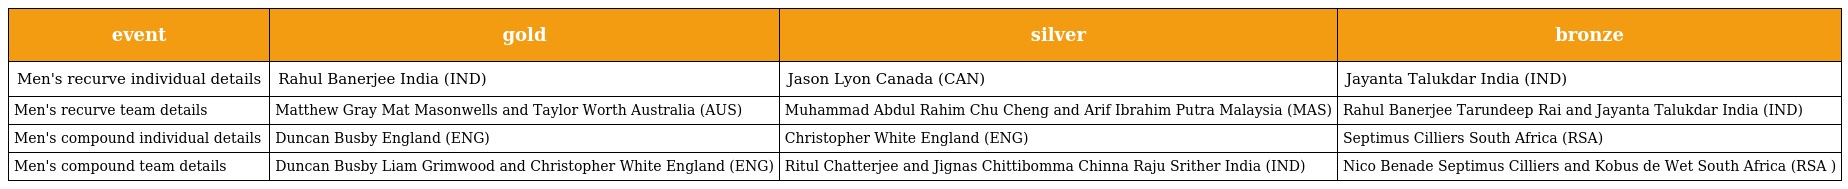
| event | gold | silver | bronze |
 | --- | --- | --- | --- |
 | Men's recurve individual details | Rahul Banerjee India (IND) | Jason Lyon Canada (CAN) | Jayanta Talukdar India (IND) |
 | Men's recurve team details | Matthew Gray Mat Masonwells and Taylor Worth Australia (AUS) | Muhammad Abdul Rahim Chu Cheng and Arif Ibrahim Putra Malaysia (MAS) | Rahul Banerjee Tarundeep Rai and Jayanta Talukdar India (IND) |
 | Men's compound individual details | Duncan Busby England (ENG) | Christopher White England (ENG) | Septimus Cilliers South Africa (RSA) |
 | Men's compound team details | Duncan Busby Liam Grimwood and Christopher White England (ENG) | Ritul Chatterjee and Jignas Chittibomma Chinna Raju Srither India (IND) | Nico Benade Septimus Cilliers and Kobus de Wet South Africa (RSA ) |